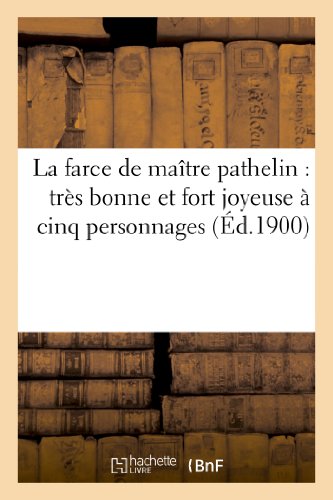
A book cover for La Farce de Maitre Pathelin: Tres Bonne Et Fort Joyeuse a Cinq Personnages (Litterature) (French Edition); Sans Auteur; Literature & Fiction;